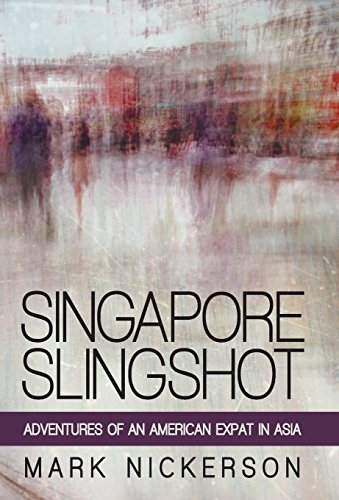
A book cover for Singapore Slingshot: Adventures of an American Expat in Asia; Mark Nickerson; Travel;